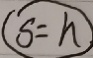
s = h